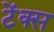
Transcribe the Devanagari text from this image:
टेंक्स